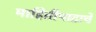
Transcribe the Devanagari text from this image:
माहितीपाटाचे